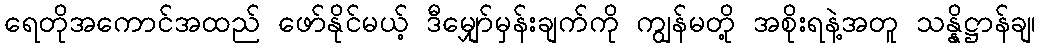
ရေတိုအကောင်အထည် ဖော်နိုင်မယ့် ဒီမျှော်မှန်းချက်ကို ကျွန်မတို့ အစိုးရနဲ့အတူ သန္နိဋ္ဌာန်ချ၊